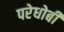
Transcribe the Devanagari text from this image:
परेधोबी